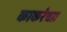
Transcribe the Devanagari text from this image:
काकरेचाा